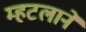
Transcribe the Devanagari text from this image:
म्हटलाने